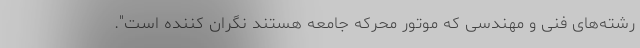
رشته‌های فنی و مهندسی که موتور محرکه جامعه هستند نگران کننده است".